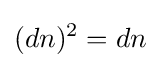
(dn)^{2}=dn